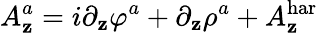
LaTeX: A_{\mathbf{z}}^{a}=i\partial_{\mathbf{z}}\varphi^{a}+\partial_{\mathbf{z}}\rho^{a}+A_{\mathbf{z}}^{\mathrm{{har}}}